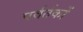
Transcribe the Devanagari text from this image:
पर्वर्तकों